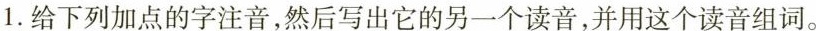
1. 给下列加点的字注音，然后写出它的另一个读音，并用这个读音组词。